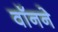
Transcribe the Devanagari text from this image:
वॉनने